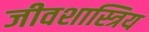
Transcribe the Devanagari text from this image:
जीवशास्त्रिय